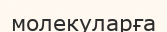
молекуларға